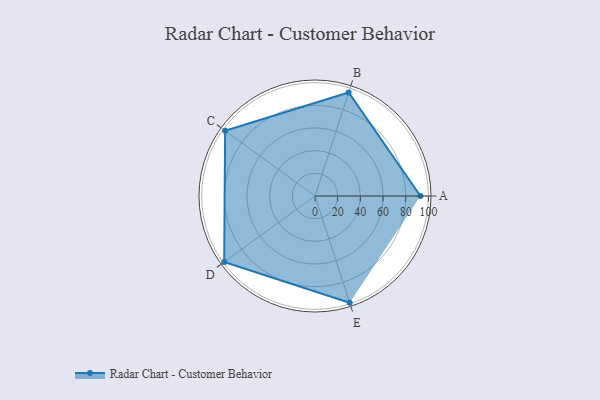
{"axis": {"x": "Skill", "y": "Score"}, "legend": ["Profile"], "data": [{"x": "A", "y": 93.0, "type": "Profile"}, {"x": "B", "y": 96.0, "type": "Profile"}, {"x": "C", "y": 98.0, "type": "Profile"}, {"x": "D", "y": 99, "type": "Profile"}, {"x": "E", "y": 99, "type": "Profile"}]}